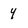
Character: Y